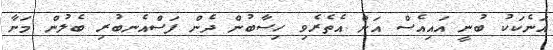
އަނެކަކު ބުނީ އައިއެސް އަށް އެތެރެވި ހިސާބުން ދެން ފަސްއެނބުރި ބެލުން މަނާ